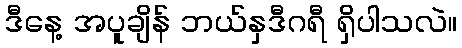
ဒီနေ့ အပူချိန် ဘယ်နှဒီဂရီ ရှိပါသလဲ။